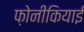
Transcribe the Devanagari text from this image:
फ़ोनीकियाई